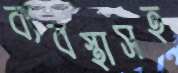
ব্যবস্থাসহ